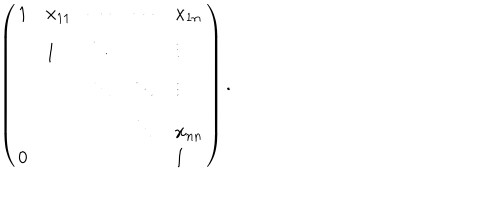
\left( \begin{array} { l l l l l } { { 1 } } & { { x _ { 1 1 } } } & { { \cdots } } & { { \cdots } } & { { x _ { 1 n } } } \\ { { } } & { { 1 } } & { { \ddots } } & { { } } & { { \vdots } } \\ { { } } & { { } } & { { \ddots } } & { { \ddots } } & { { \vdots } } \\ { { } } & { { } } & { { } } & { { \ddots } } & { { x _ { n n } } } \\ { { 0 } } & { { } } & { { } } & { { } } & { { 1 } } \\ \end{array} \right) .